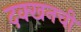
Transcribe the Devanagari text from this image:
दक्खनची